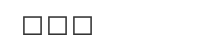
١٢٩